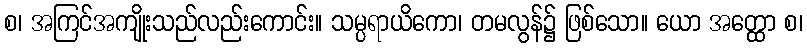
စ၊ အကြင်အကျိုးသည်လည်းကောင်း။ သမ္ပရာယိကော၊ တမလွန်၌ ဖြစ်သော။ ယော အတ္ထော စ၊